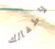
لأطفالك